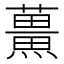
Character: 𮒡